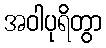
အဝါပုရိတွာ